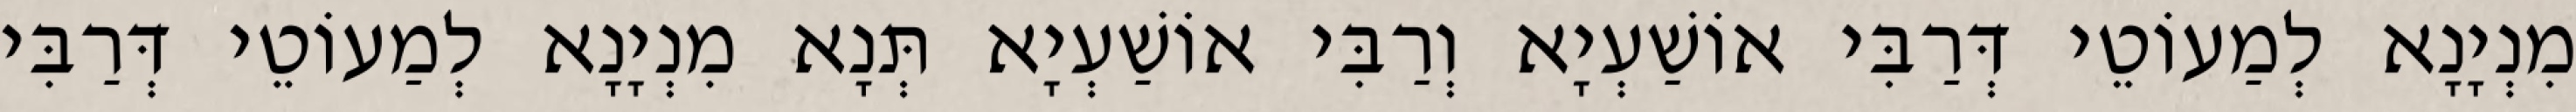
מִנְיָנָא לְמַעוֹטֵי דְּרַבִּי אוֹשַׁעְיָא וְרַבִּי אוֹשַׁעְיָא תְּנָא מִנְיָנָא לְמַעוֹטֵי דְּרַבִּי